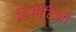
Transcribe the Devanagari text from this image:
टिसीटिसी